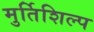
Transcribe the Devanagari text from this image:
मुर्तिशिल्प